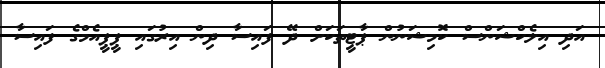
އަދި އިލެކްޝަންސް ކޮމިޝަނުން ޕާޓީތަކަށް ދޭ ފައިސާ ދިން އިރުގައި ޕީޕީއެމްގެ ފައިސާ